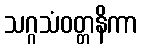
သဂ္ဂသံဝတ္တနိကာ